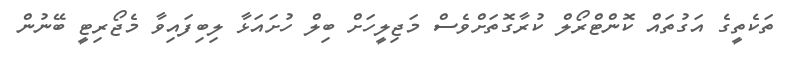
ތަކެތީގެ އަގުތައް ކޮންޓްރޯލް ކުރާގޮތަށްވެސް މަޖިލީހަށް ބިލް ހުށައަޅާ ލިބިފައިވާ މެޖޯރިޓީ ބޭނުން